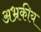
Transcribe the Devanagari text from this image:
अभ्रकीय